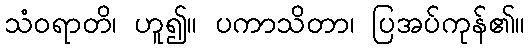
သံဝရာတိ၊ ဟူ၍။ ပကာသိတာ၊ ပြအပ်ကုန်၏။